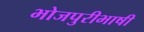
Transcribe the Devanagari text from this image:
भोजपुरीभाषी